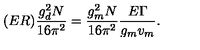
( E R ) \frac { g _ { d } ^ { 2 } N } { 1 6 \pi ^ { 2 } } = \frac { g _ { m } ^ { 2 } N } { 1 6 \pi ^ { 2 } } \frac { E \Gamma } { g _ { m } v _ { m } } .